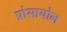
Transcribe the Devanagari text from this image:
प्रोसायोन